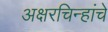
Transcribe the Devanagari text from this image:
अक्षरचिन्हांचे